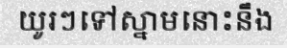
យូរៗទៅស្នាមនោះនឹង